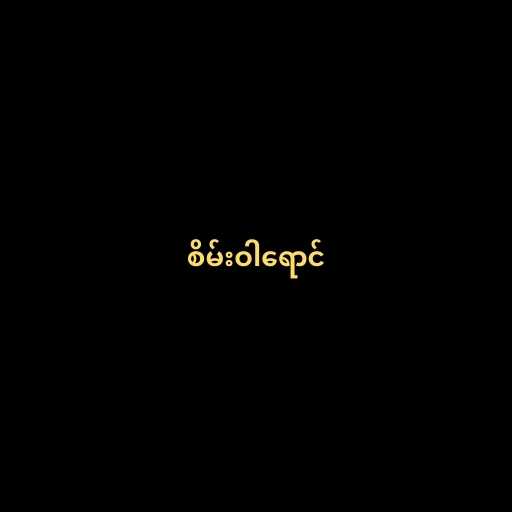
စိမ်းဝါရောင်